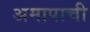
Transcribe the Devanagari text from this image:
अमापाची